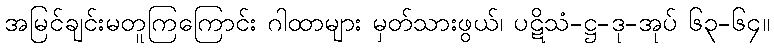
အမြင်ချင်းမတူကြကြောင်း ဂါထာများ မှတ်သားဖွယ်၊ ပဋိသံ-ဋ္ဌ-ဒု-အုပ် ၆၃-၆၄။